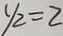
y _ { 2 } = 2